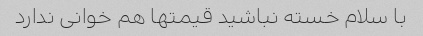
با سلام خسته نباشید قیمتها هم خوانی ندارد